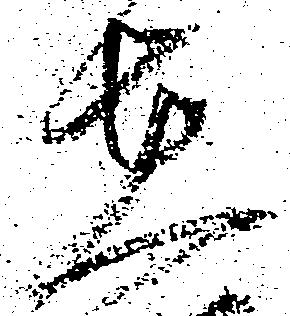
在